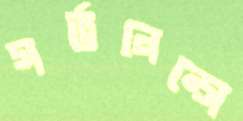
গর্ভনেন্সে